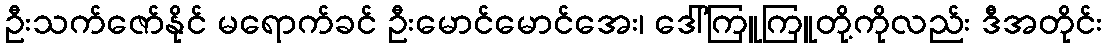
ဦးသက်ဇော်နိုင် မရောက်ခင် ဦးမောင်မောင်အေး၊ ဒေါ်ကြူကြူတို့ကိုလည်း ဒီအတိုင်း